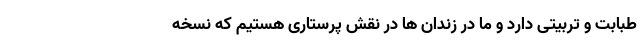
طبابت و تربیتی دارد و ما در زندان ها در نقش پرستاری هستیم که نسخه